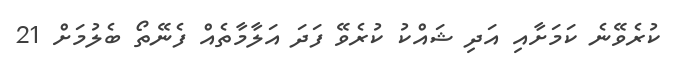
ކުރެވޭނެ ކަމަށާއި އަދި ޝައްކު ކުރެވޭ ފަދަ އަލާމާތެއް ފެނޭތޯ ބެލުމަށް 21